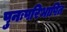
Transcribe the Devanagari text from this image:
पुनःपरिभाषित